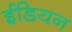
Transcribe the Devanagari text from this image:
ईडियन